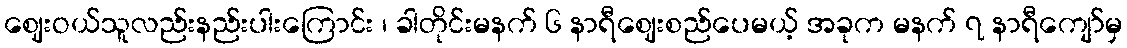
ဈေးဝယ်သူလည်းနည်းပါးကြောင်း ၊ ခါတိုင်းမနက် ၆ နာရီဈေးစည်ပေမယ့် အခုက မနက် ၇ နာရီကျော်မှ